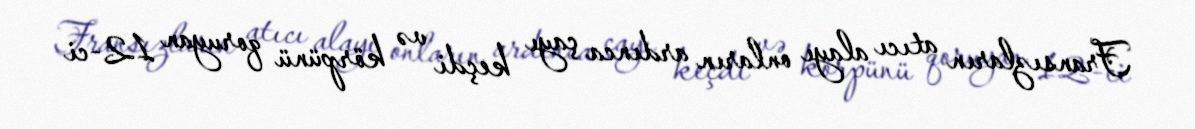
Fransızların atıcı alayı onların ardınca çayı keçdi və körpünü qoruyan 12-ci